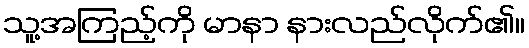
သူ့အကြည့်ကို မာနာ နားလည်လိုက်၏။